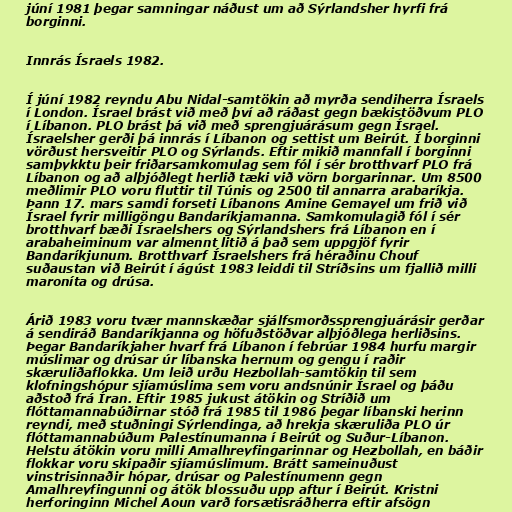
júní 1981 þegar samningar náðust um að Sýrlandsher hyrfi frá
borginni.

Innrás Ísraels 1982.

Í júní 1982 reyndu Abu Nidal-samtökin að myrða sendiherra Ísraels
í London. Ísrael brást við með því að ráðast gegn bækistöðvum PLO
í Líbanon. PLO brást þá við með sprengjuárásum gegn Ísrael.
Ísraelsher gerði þá innrás í Líbanon og settist um Beirút. Í borginni
vörðust hersveitir PLO og Sýrlands. Eftir mikið mannfall í borginni
samþykktu þeir friðarsamkomulag sem fól í sér brotthvarf PLO frá
Líbanon og að alþjóðlegt herlið tæki við vörn borgarinnar. Um 8500
meðlimir PLO voru fluttir til Túnis og 2500 til annarra arabaríkja.
Þann 17. mars samdi forseti Líbanons Amine Gemayel um frið við
Ísrael fyrir milligöngu Bandaríkjamanna. Samkomulagið fól í sér
brotthvarf bæði Ísraelshers og Sýrlandshers frá Líbanon en í
arabaheiminum var almennt litið á það sem uppgjöf fyrir
Bandaríkjunum. Brotthvarf Ísraelshers frá héraðinu Chouf
suðaustan við Beirút í ágúst 1983 leiddi til Stríðsins um fjallið milli
maroníta og drúsa.

Árið 1983 voru tvær mannskæðar sjálfsmorðssprengjuárásir gerðar
á sendiráð Bandaríkjanna og höfuðstöðvar alþjóðlega herliðsins.
Þegar Bandaríkjaher hvarf frá Líbanon í febrúar 1984 hurfu margir
múslimar og drúsar úr líbanska hernum og gengu í raðir
skæruliðaflokka. Um leið urðu Hezbollah-samtökin til sem
klofningshópur sjíamúslima sem voru andsnúnir Ísrael og þáðu
aðstoð frá Íran. Eftir 1985 jukust átökin og Stríðið um
flóttamannabúðirnar stóð frá 1985 til 1986 þegar líbanski herinn
reyndi, með stuðningi Sýrlendinga, að hrekja skæruliða PLO úr
flóttamannabúðum Palestínumanna í Beirút og Suður-Líbanon.
Helstu átökin voru milli Amalhreyfingarinnar og Hezbollah, en báðir
flokkar voru skipaðir sjíamúslimum. Brátt sameinuðust
vinstrisinnaðir hópar, drúsar og Palestínumenn gegn
Amalhreyfingunni og átök blossuðu upp aftur í Beirút. Kristni
herforinginn Michel Aoun varð forsætisráðherra eftir afsögn